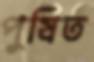
পুষিত